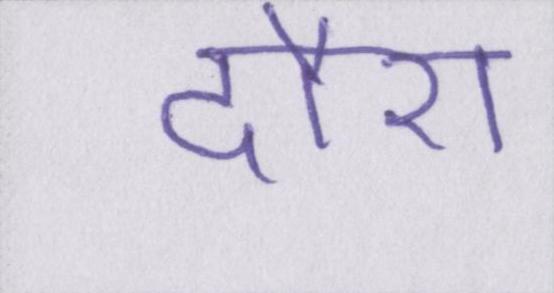
दौरा